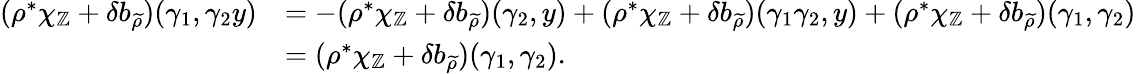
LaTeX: \begin{array}{rl}{(\rho^{*}\chi_{\mathbb{Z}}+\delta b_{\widetilde{\rho}})(\gamma_{1},\gamma_{2}y)}&{=-(\rho^{*}\chi_{\mathbb{Z}}+\delta b_{\widetilde{\rho}})(\gamma_{2},y)+(\rho^{*}\chi_{\mathbb{Z}}+\delta b_{\widetilde{\rho}})(\gamma_{1}\gamma_{2},y)+(\rho^{*}\chi_{\mathbb{Z}}+\delta b_{\widetilde{\rho}})(\gamma_{1},\gamma_{2})}\\ &{=(\rho^{*}\chi_{\mathbb{Z}}+\delta b_{\widetilde{\rho}})(\gamma_{1},\gamma_{2}).}\end{array}